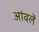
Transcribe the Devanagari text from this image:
आंवलें